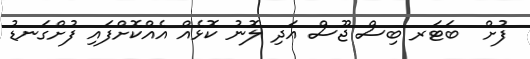
ފުށް  ބަޓަރ ބިސް ޖޫސް އަދި ލޮނު ކޮޅެއް އެއްކޮށްފައި ފުށްގަނޑު